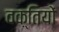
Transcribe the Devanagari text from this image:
वक़्तियों